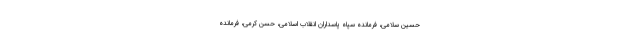
حسین سلامی، فرمانده سپاه پاسداران انقلاب اسلامی، حسن کرمی، فرمانده